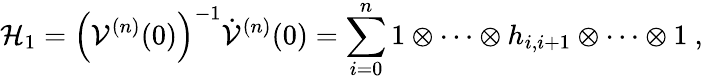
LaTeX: {\cal H}_{1}=\left({\cal V}^{(n)}(0)\right)^{-1}\dot{\cal V}^{(n)}(0)=\sum_{i=0}^{n}1\otimes\cdots\otimes h_{i,i+1}\otimes\cdots\otimes 1~,